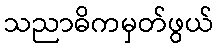
သညာဓိကမှတ်ဖွယ်